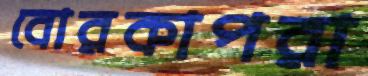
বোরকাপরা